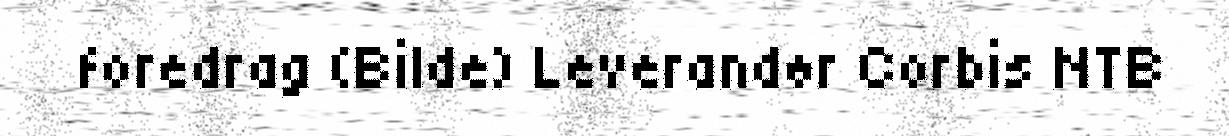
foredrag (Bilde) Leverandør Corbis NTB